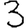
Digit: 3